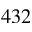
4 3 2